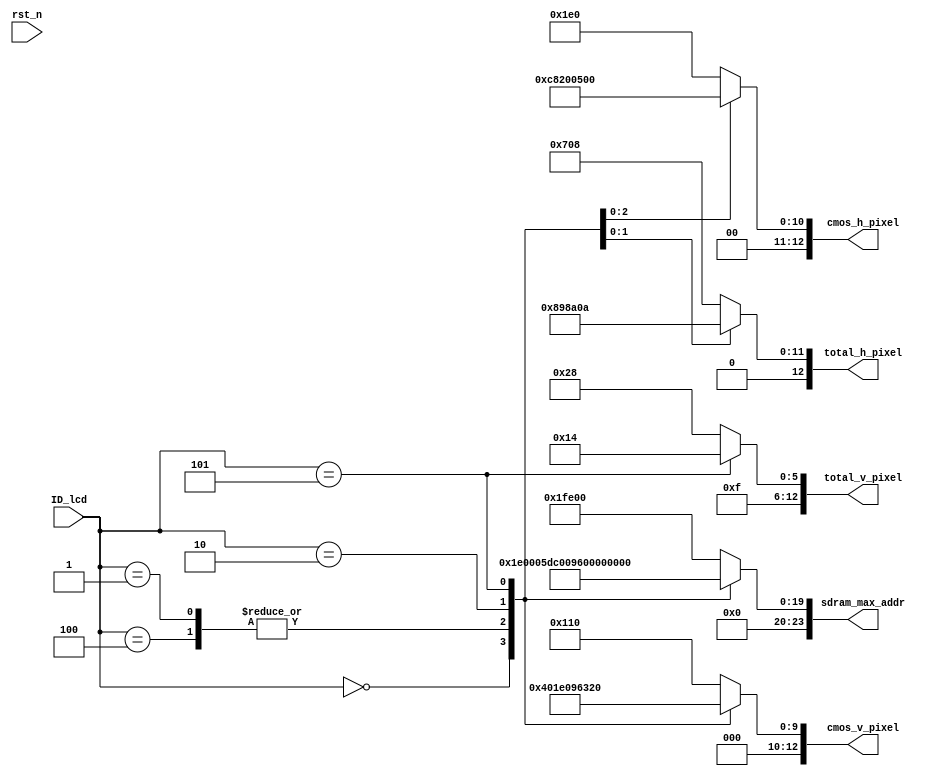
                                                                //****************************************Copyright (c)***********************************//
//www.openedv.com
//http://openedv.taobao.com 
//""FPGA & STM32
//
//Copyright(C)  2018-20                                                                                                                                                                                                                                         28
//All rights reserved                               
//----------------------------------------------------------------------------------------
// File name:           picture_size
// Last modified Date:  2018/11/2 17:31:29                                                                                                                                                                                                                                                                                                                                                                                  
// Last Version:        V1.0
// Descriptions:        
//----------------------------------------------------------------------------------------
// Created by:          
// Created date:        2018/11/2 14:26:05
// Version:             V1.0
// Descriptions:        The original version
//
//----------------------------------------------------------------------------------------
//****************************************************************************************//

module picture_size (
    input              rst_n       ,
             
    input       [15:0] ID_lcd      ,
             
    output  reg [12:0] cmos_h_pixel,
    output  reg [12:0] cmos_v_pixel,   
    output  reg [12:0] total_h_pixel,
    output  reg [12:0] total_v_pixel,
    output  reg [23:0] sdram_max_addr
);

//parameter define
parameter  ID_4342 =   0;
parameter  ID_7084 =   1;
parameter  ID_7016 =   2;
parameter  ID_1018 =   5;
parameter  ID_4384 =   4;
//*****************************************************
//**                    main code                      
//*****************************************************

//
always @(*) begin             
    case(ID_lcd ) 
        ID_4342 : begin
            cmos_h_pixel   = 13'd480;    
            cmos_v_pixel   = 13'd256;
            sdram_max_addr = 23'd122880;
        end 
        ID_4384 : begin
            cmos_h_pixel   = 13'd800;    
            cmos_v_pixel   = 13'd480;           
            sdram_max_addr = 23'd384000;
        end 
        ID_7084 : begin
            cmos_h_pixel   = 13'd800;    
            cmos_v_pixel   = 13'd480;           
            sdram_max_addr = 23'd384000;
        end 
        ID_7016 : begin
            cmos_h_pixel   = 13'd1024;    
            cmos_v_pixel   = 13'd600;           
            sdram_max_addr = 23'd614400;
        end    
        ID_1018 : begin
            cmos_h_pixel   = 13'd1280;    
            cmos_v_pixel   = 13'd800;           
            sdram_max_addr = 23'd1024000;
        end 
    default : begin
        cmos_h_pixel   = 13'd480;
        cmos_v_pixel   = 13'd272; 
        sdram_max_addr = 23'd130560;
    end
    endcase
end 

//HTSVTS
always @(*) begin
    case(ID_lcd)
        ID_4342 : begin 
            total_h_pixel = 13'd1800;
            total_v_pixel = 13'd1000;
        end 
        ID_4384 : begin  
            total_h_pixel = 13'd1800;
            total_v_pixel = 13'd1000;
        end 
        ID_7084 : begin  
            total_h_pixel = 13'd1800;
            total_v_pixel = 13'd1000;
        end 
        ID_7016 : begin  
            total_h_pixel = 13'd2200;
            total_v_pixel = 13'd1000;
        end 
        ID_1018 : begin 
            total_h_pixel = 13'd2570;
            total_v_pixel = 13'd980;
        end 
    default : begin
        total_h_pixel = 13'd1800;
        total_v_pixel = 13'd1000;
    end 
    endcase
end 

endmodule